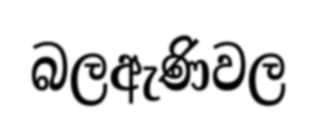
බලඇණිවල